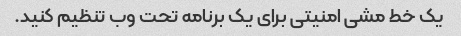
یک خط مشی امنیتی برای یک برنامه تحت وب تنظیم کنید.